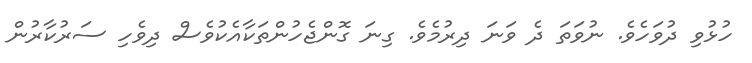
ހުޅުވި ދުވަހެވެ. ނުވަތަ ދެ ވަނަ ދިރުމެވެ. ގިނަ ގޮންޖެހުންތަކާއެކުވެސް ދިވެހި ސަރުކާރުން